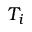
T _ { i }